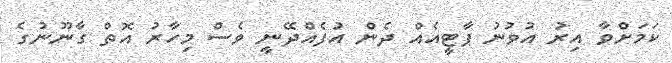
ކަމަށްވާ އިރު އުވުނު ޕާޓީއެއް ދެން އުފެއްދޭނީ ވެސް މިހާރު އޮތް ގާނޫނުގެ